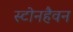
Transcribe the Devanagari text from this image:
स्टोनहैवन